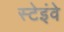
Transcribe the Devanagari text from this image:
स्टेइंवे